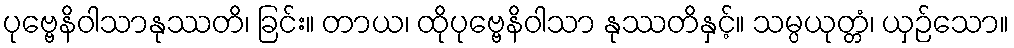
ပုဗ္ဗေနိဝါသာနုဿတိ၊ ခြင်း။ တာယ၊ ထိုပုဗ္ဗေနိဝါသာ နုဿတိနှင့်။ သမ္ပယုတ္တံ၊ ယှဉ်သော။